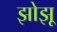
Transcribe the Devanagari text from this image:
झोझू